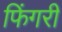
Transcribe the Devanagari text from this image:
फिंगरी